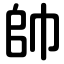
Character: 帥